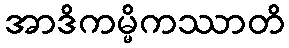
အာဒိကမ္မိကဿာတိ